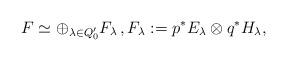
LaTeX: \begin{align*}F \simeq \oplus_{\lambda \in Q'_0} F_\lambda\, , F_\lambda:=p^*E_\lambda \otimes q^*H_\lambda,\end{align*}